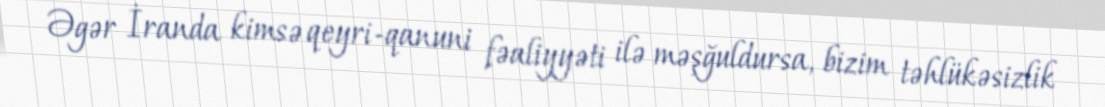
Əgər İranda kimsə qeyri-qanuni fəaliyyəti ilə məşğuldursa, bizim təhlükəsizlik